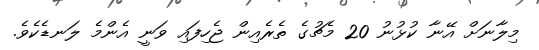
މިލާނަށް އޭނާ ކުޅުނު 20 މެޗުގެ ތެރެއިން ޖެހިފައި ވަނީ އެންމެ ލަނޑެކެވެ.